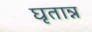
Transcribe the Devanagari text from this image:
घृतान्न